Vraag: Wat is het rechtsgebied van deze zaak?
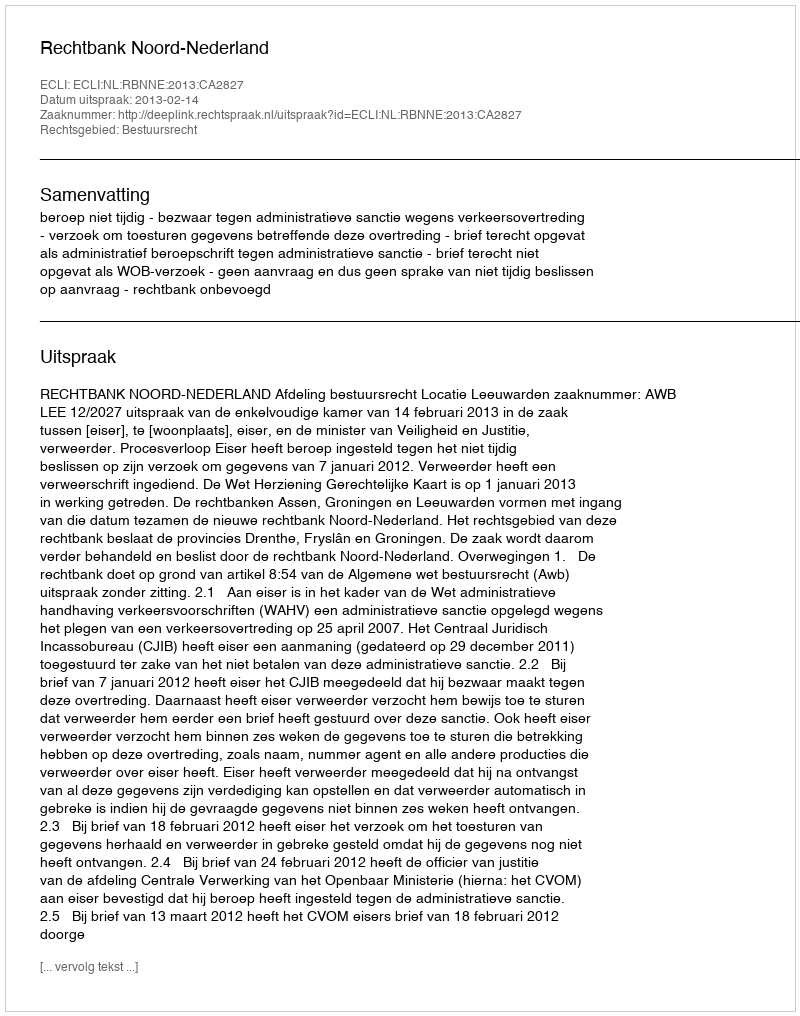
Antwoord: Bestuursrecht